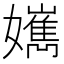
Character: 𡣸